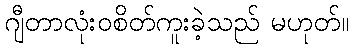
ဂျီတာလုံးဝစိတ်ကူးခဲ့သည် မဟုတ်။